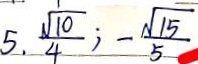
5 , \frac { \sqrt { 1 0 } } { 4 } ; - \frac { \sqrt { 1 5 } } { 5 }